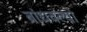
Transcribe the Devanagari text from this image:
बांधवल्या